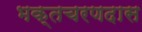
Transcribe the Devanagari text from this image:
भक्तचरणदास